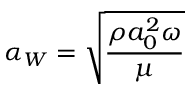
\alpha _ { W } = \sqrt { \frac { \rho a _ { 0 } ^ { 2 } \omega } { \mu } }